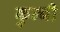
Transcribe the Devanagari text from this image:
कुन्बी